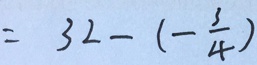
= 3 2 - ( - \frac { 3 } { 4 } )